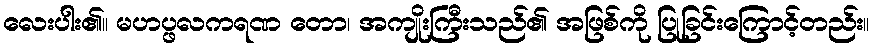
လေးပါး၏။ မဟပ္ဖလကရဏ တော၊ အကျိုးကြီးသည်၏ အဖြစ်ကို ပြုခြင်းကြောင့်တည်း။